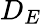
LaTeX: D_{E}